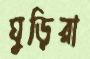
ঘুড়িরা